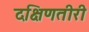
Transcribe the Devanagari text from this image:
दक्षिणतीरी